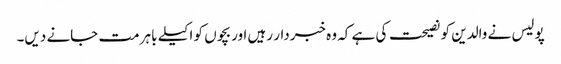
پولیس نے والدین کو نصیحت کی ہے کہ وہ خبردار رہیں اور بچوں کو اکیلے باہر مت جانے دیں۔